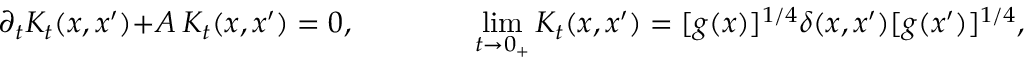
\partial _ { t } K _ { t } ( x , x ^ { \prime } ) + A \, K _ { t } ( x , x ^ { \prime } ) = 0 \: , \qquad \qquad \operatorname * { l i m } _ { t \to 0 _ { + } } K _ { t } ( x , x ^ { \prime } ) = [ g ( x ) ] ^ { 1 / 4 } \delta ( x , x ^ { \prime } ) [ g ( x ^ { \prime } ) ] ^ { 1 / 4 } \: ,